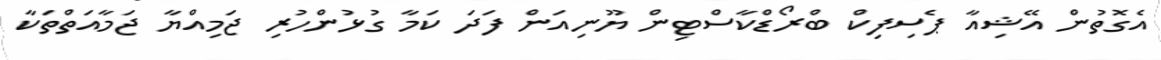
އެގޮތުން އޭޝިއާ ޕެސިފިކް ބްރޯޑްކާސްޓިން ޔޫނިއަން ފަދަ ކަމާ ގުޅުންހުރި ޖަމިއްޔާ ޖަމާއަތްތަކާ